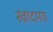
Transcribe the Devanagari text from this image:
स्वादमय